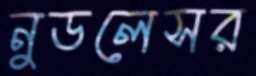
নুডলেসর